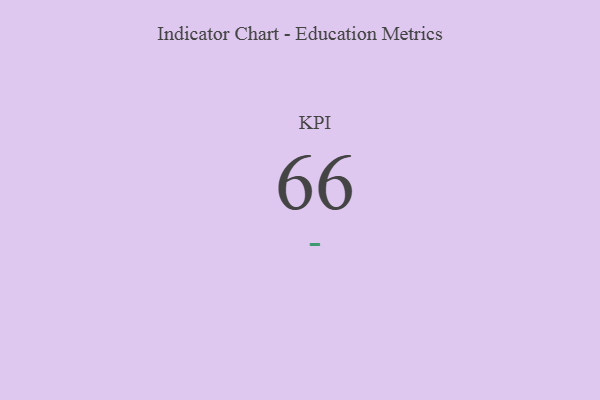
{"axis": {"x": "KPI", "y": "Value"}, "legend": [""], "data": [{"x": "KPI", "y": 66, "type": ""}]}